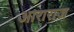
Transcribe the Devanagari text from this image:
आराराज